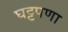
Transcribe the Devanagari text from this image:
घट्टपणा